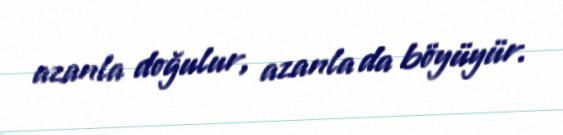
azanla doğulur, azanla da böyüyür.